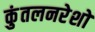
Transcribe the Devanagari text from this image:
कुंतलनरेशों